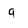
Character: g